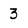
Character: 3